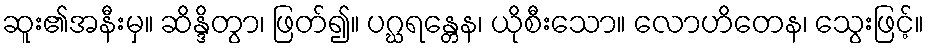
ဆူး၏အနီးမှ။ ဆိန္ဒိတွာ၊ ဖြတ်၍။ ပဂ္ဃရန္တေန၊ ယိုစီးသော။ လောဟိတေန၊ သွေးဖြင့်။